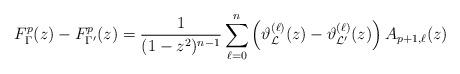
LaTeX: \begin{align*}F_{\Gamma}^{p}(z) - F_{\Gamma'}^{p}(z) = \frac{1}{(1-z^2)^{n-1}}\sum_{\ell=0}^{n} \left(\vartheta_{\mathcal L}^{(\ell)}(z) - \vartheta_{\mathcal L'}^{(\ell)}(z)\right)A_{p+1,\ell}(z)\end{align*}